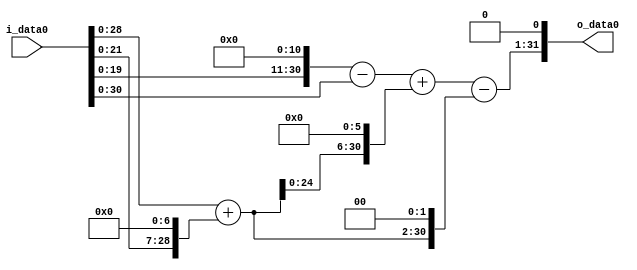
module multiplier_block (
    i_data0,
    o_data0
);

  // Port mode declarations:
  input   [31:0] i_data0;
  output  [31:0]
    o_data0;

  //Multipliers:

  wire [31:0]
    w1,
    w128,
    w129,
    w2048,
    w2047,
    w8256,
    w10303,
    w516,
    w9787,
    w19574;

  assign w1 = i_data0;
  assign w10303 = w2047 + w8256;
  assign w128 = w1 << 7;
  assign w129 = w1 + w128;
  assign w19574 = w9787 << 1;
  assign w2047 = w2048 - w1;
  assign w2048 = w1 << 11;
  assign w516 = w129 << 2;
  assign w8256 = w129 << 6;
  assign w9787 = w10303 - w516;

  assign o_data0 = w19574;

  //multiplier_block area estimate = 6592.92476670735;
endmodule